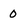
Character: 0